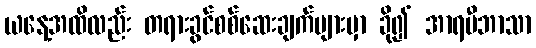
ယနေ့အထိလည်း တရားခွင်စစ်ဆေးချက်များမှာ ခို၍ အာရဗီဘာသာ